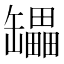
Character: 𰭇